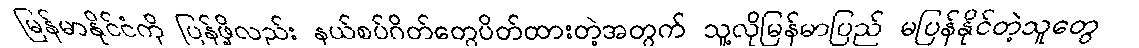
မြန်မာနိုင်ငံကို ပြန်ဖို့လည်း နယ်စပ်ဂိတ်တွေပိတ်ထားတဲ့အတွက် သူ့လိုမြန်မာပြည် မပြန်နိုင်တဲ့သူတွေ